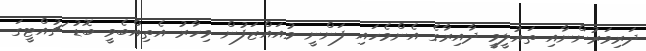
ދަރިވަރުންނާއި ތައުލީމީ ދާއިރާގެ އެންމެހައި ފަންނީ މުއައްޒަފުން މިހާރު އެތިއްބެވީ ބޮޑު ޗުއްޓީގަ